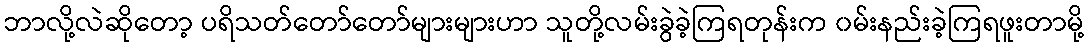
ဘာလို့လဲဆိုတော့ ပရိသတ်တော်တော်များများဟာ သူတို့လမ်းခွဲခဲ့ကြရတုန်းက ၀မ်းနည်းခဲ့ကြရဖူးတာမို့